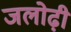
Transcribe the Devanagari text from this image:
जलोढ़ी